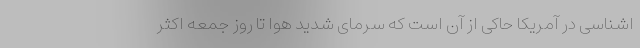
اشناسی در آمریکا حاکی از آن است که سرمای شدید هوا تا روز جمعه اکثر